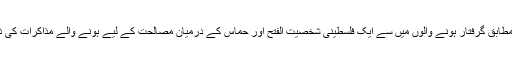
حماس کے مطابق گرفتار ہونے والوں میں سے ایک فلسطینی شخصیت الفتح اور حماس کے درمیان مصالحت کے لیے ہونے والے مذاکرات کی ذمہ دار تھی۔